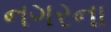
નગરના